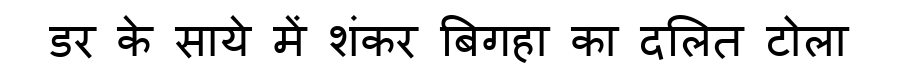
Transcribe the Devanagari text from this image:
डर के साये में शंकर बिगहा का दलित टोला